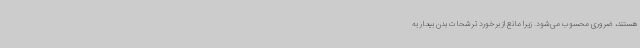
هستند، ضروری محسوب می‌شود. زیرا مانع از برخورد ترشحات بدن بیمار به